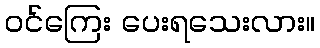
ဝင်ကြေး ပေးရသေးလား။